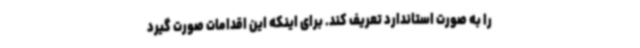
را به صورت استاندارد تعریف کند. برای اینکه این اقدامات صورت گیرد